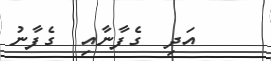
އަދި  ގެފާނާއި  ގެފާނު